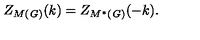
Z _ { M ( \mathit { G ) } } ( k ) = Z _ { M ^ { \ast } ( \mathit { G ) } } ( - k ) .